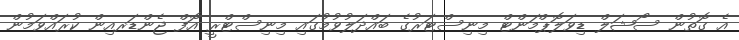
އެ ގޮތުން ސޯޝަލް ޑިވަލޮޕްމަންޓް މިނިސްޓަރުގެ ބައްދަލުވުމުގައި މިނިސްޓްރީ އޮފް ޖެންޑަރއިން ކުރައްވަމުން